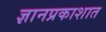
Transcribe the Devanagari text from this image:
ज्ञानप्रकाशात